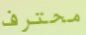
محترف